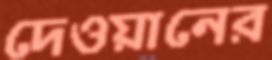
দেওয়ানের